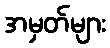
အမှတ်များ